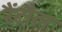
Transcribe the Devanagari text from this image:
रैंटौल